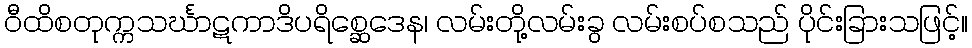
ဝီထိစတုက္ကသင်္ဃာဋကာဒိပရိစ္ဆေဒေန၊ လမ်းတို့လမ်းခွ လမ်းစပ်စသည် ပိုင်းခြားသဖြင့်။